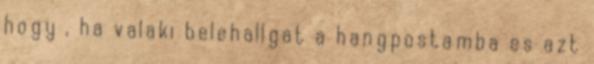
hogy , ha valaki belehallgat a hangpostamba es azt